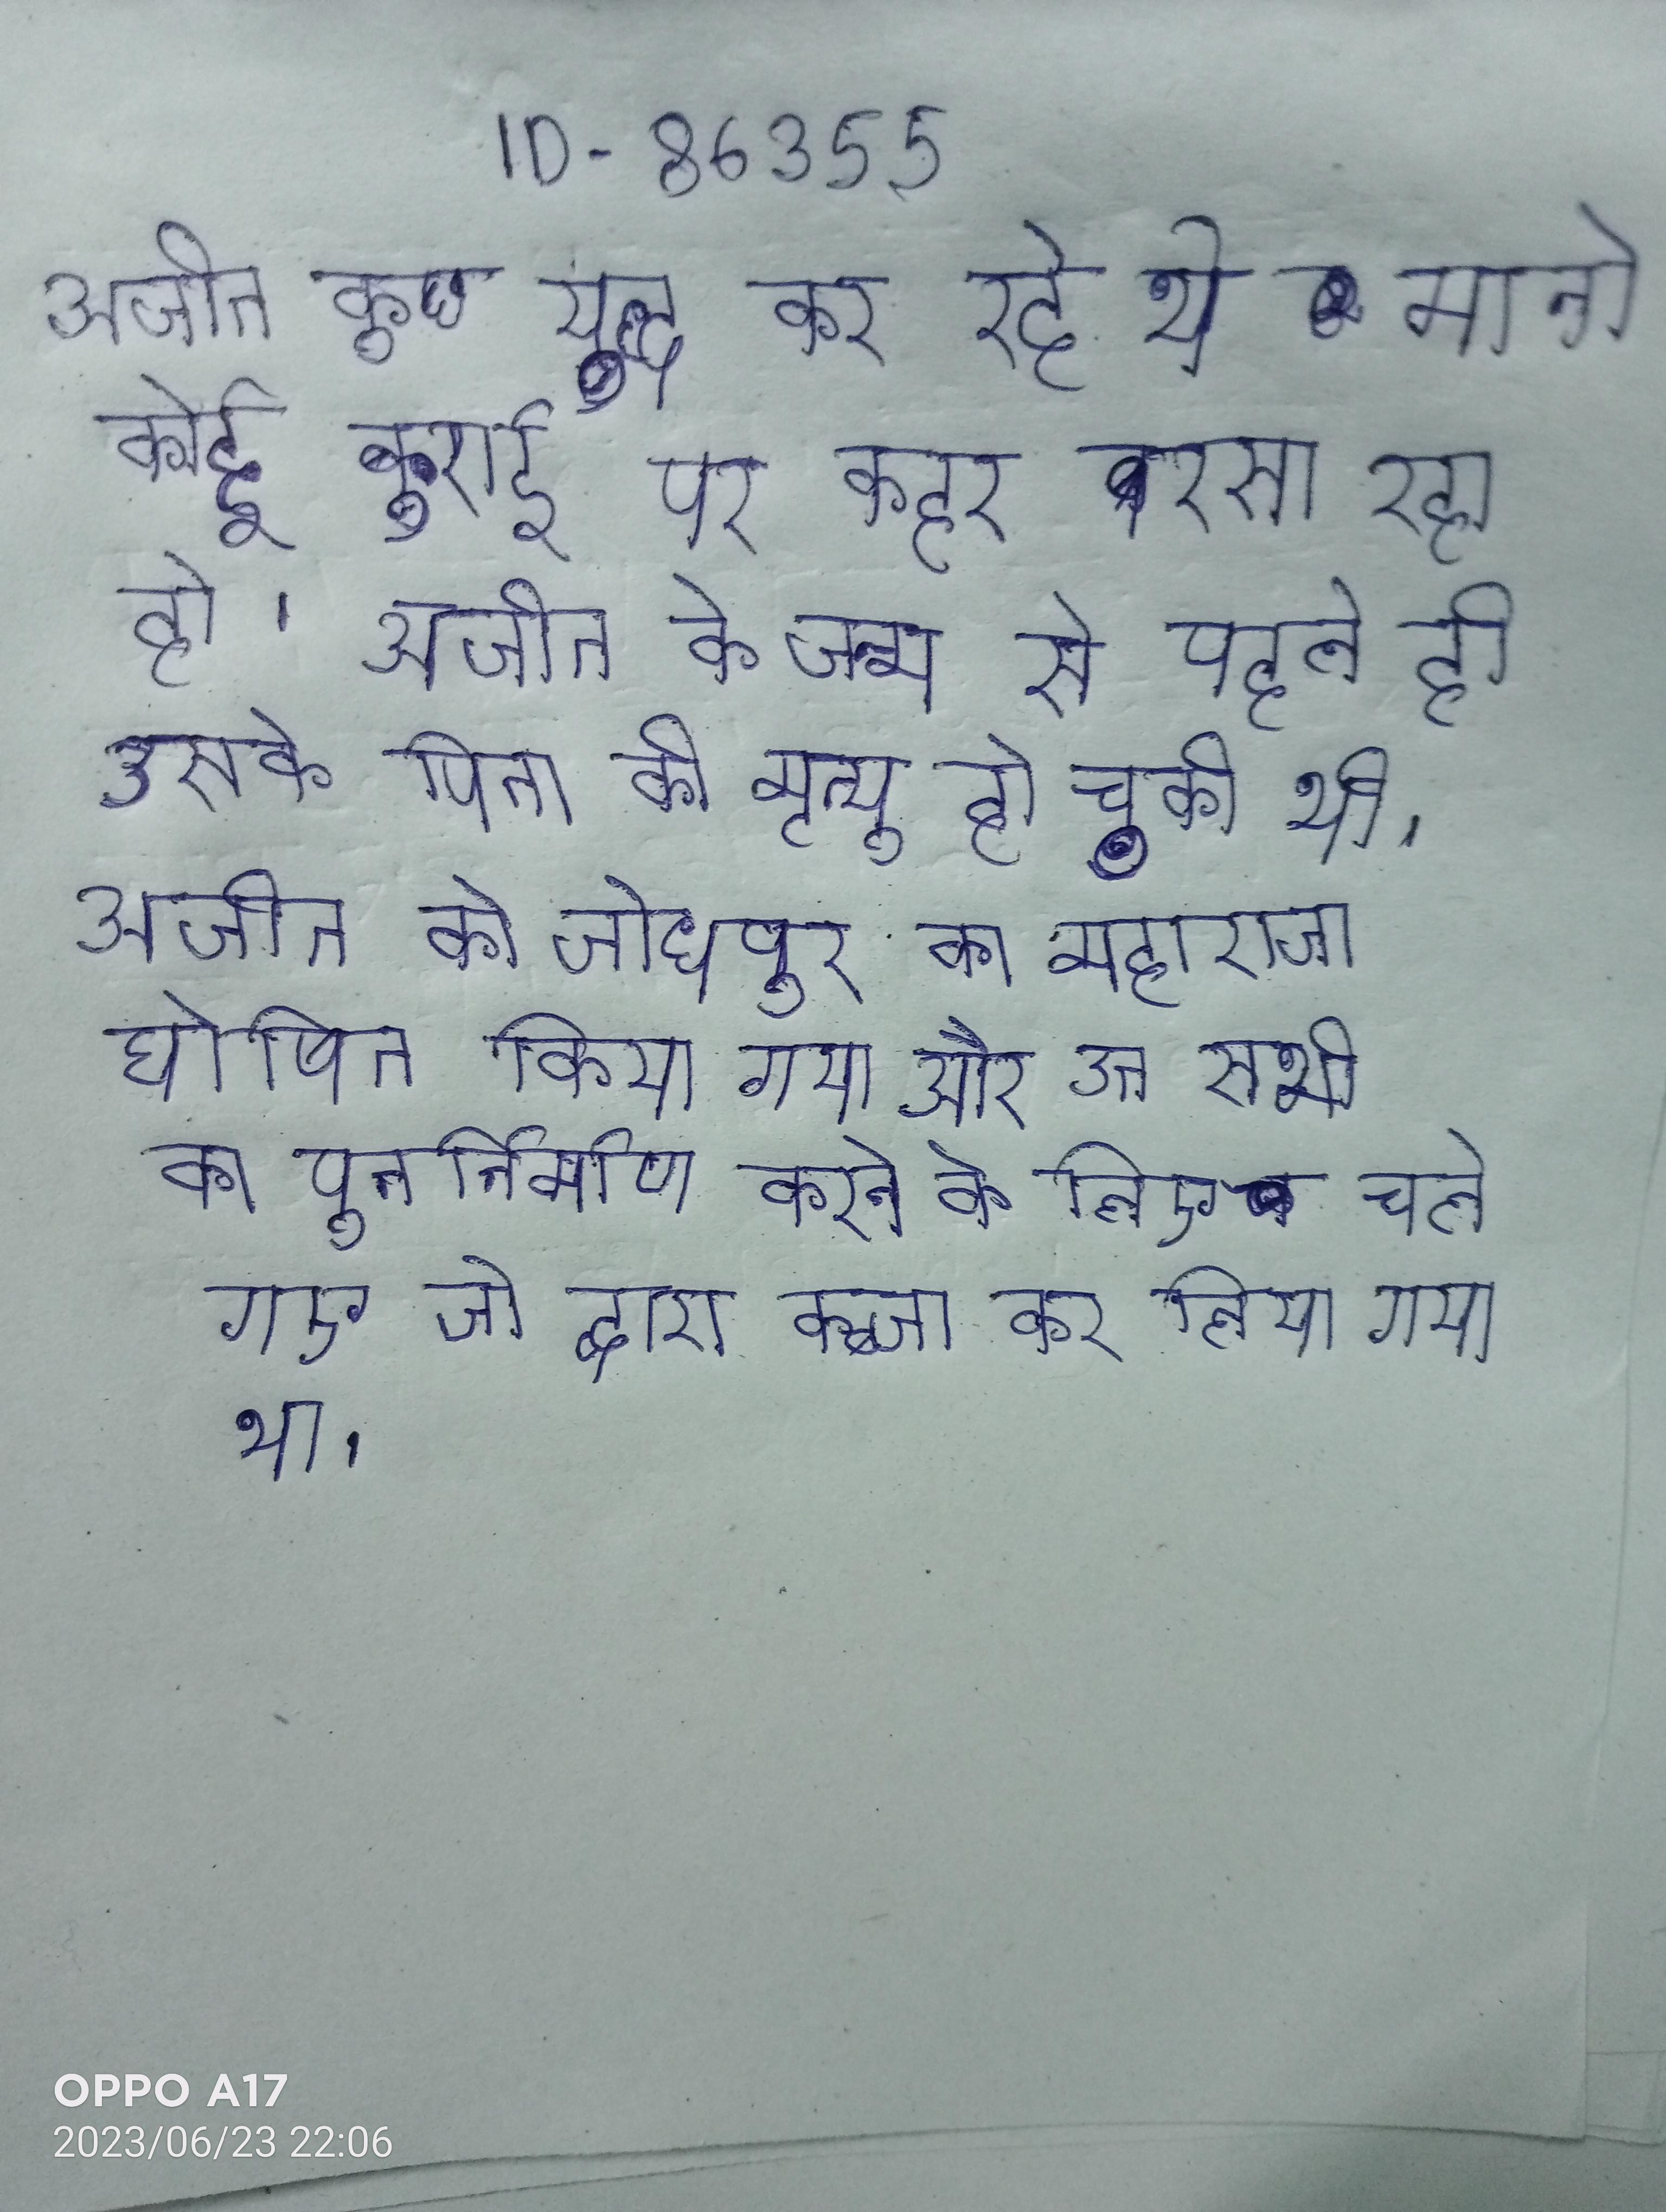
अजीत कुछ युद्ध कर रहे थे मानो कोई बुराई पर कहर बरसा रहा हो । अजीत के जन्म से पहले ही उसके पिता की मृत्यु हो चुकी थी । अजीत को जोधपुर का महाराजा घोषित किया गया और उन सभी का पुनर्निर्माण करने के लिए चले गए जो द्वारा कब्जा कर लिया गया था ।